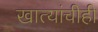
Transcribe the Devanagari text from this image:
खात्यांचीही